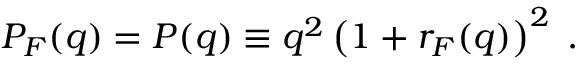
P _ { F } ( q ) = P ( q ) \equiv q ^ { 2 } \left( 1 + r _ { F } ( q ) \right) ^ { 2 } \; .